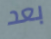
بعد